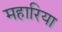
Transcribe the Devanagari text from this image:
महारिया